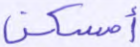
أمسكن